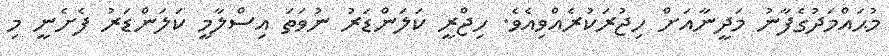
މުޙައްމަދުގެފާނު މަދީނާއަށް ހިޖުރަކުރެއްވިއެވެ. ހިޖްރީ ކަލަންޑަރު ނުވަތަ އިސްލާމީ ކަލަންޑަރު ފެށެނީ މި